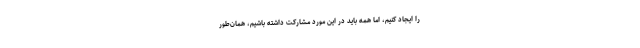
را ایجاد کنیم، اما همه باید در این مورد مشارکت داشته باشیم، همان‌طور